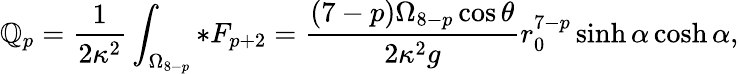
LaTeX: \mathbb{Q}_{p}=\frac{{1}}{{2\kappa^{2}}}\int_{\Omega_{8-p}}*F_{p+2}=\frac{{(7-p)\Omega_{8-p}\cos\theta}}{{2\kappa^{2}g}}r_{0}^{7-p}\sinh\alpha\cosh\alpha,